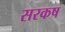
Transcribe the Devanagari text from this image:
सरकष